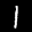
Label: 1